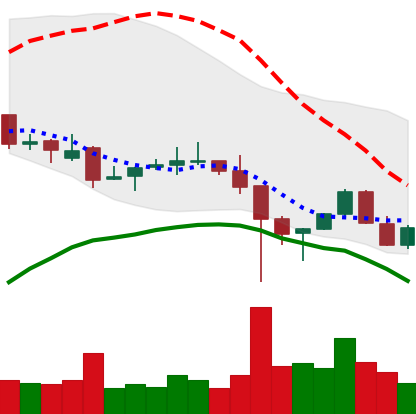
Ticker: LINK-USD
Chart end date: 2021-12-11
Forward return: -5.831%
Label: down_5_7